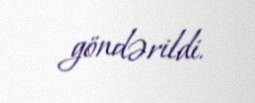
göndərildi.